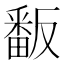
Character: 𭻫